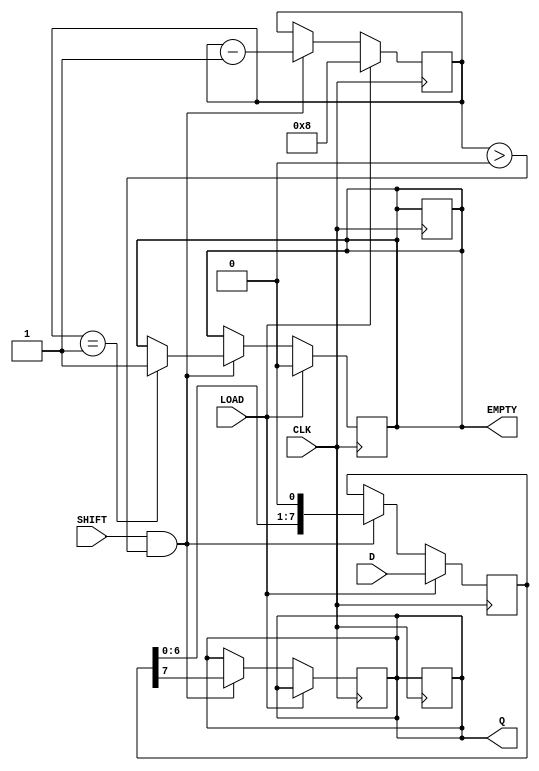
module PISO_Register #(
    parameter WIDTH = 8  // Parameter to define the width of the input data
)(
    input wire [WIDTH-1:0] D,     // Parallel Data Inputs
    input wire CLK,                // Clock Signal
    input wire LOAD,               // Load Enable Signal
    input wire SHIFT,              // Shift Enable Signal
    output reg Q,                  // Serial Output
    output reg EMPTY               // Empty Status Output
);
    // Internal shift register
    reg [WIDTH-1:0] shift_reg;
    // Internal counter to track the shifting position
    reg [3:0] shift_count; // Adjust size as per WIDTH

    always @(posedge CLK) begin
        if (LOAD) begin
            // Load data from parallel inputs
            shift_reg <= D;
            shift_count <= WIDTH; // Initialize shift count to the width of the data
            EMPTY <= 1'b0;        // Data is loaded, so it's not empty
        end else if (SHIFT && shift_count > 0) begin
            // Shift data out to Q
            Q <= shift_reg[WIDTH-1]; // Output the most significant bit
            shift_reg <= {shift_reg[WIDTH-2:0], 1'b0}; // Shift left
            shift_count <= shift_count - 1; // Decrement the shift count
            
            if (shift_count == 1) begin
                EMPTY <= 1'b1; // Set EMPTY when all data has been shifted out
            end
        end
    end

    // If neither LOAD nor SHIFT is active, maintain Q and EMPTY
    always @(negedge CLK) begin
        if (!LOAD && !SHIFT) begin
            Q <= Q;               // Hold previous value of Q
            EMPTY <= EMPTY;       // Hold previous value of EMPTY
        end
    end

endmodule